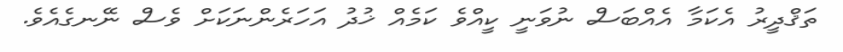
ތަޤްދީރު އެކަމާ އެއްބަސް ނުވަނީ ކީއްވެ ކަމެއް ޚުދު އަހަރެންނަކަށް ވެސް ނޭނގެއެވެ.